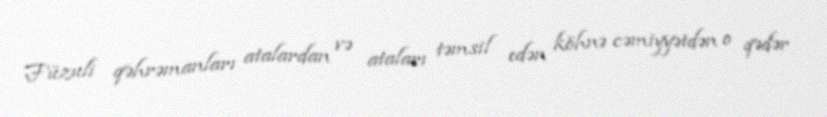
Füzuli qəhrəmanları atalardan və ataları təmsil edən köhnə cəmiyyətdən o qədər